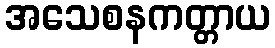
အသေစနကတ္တာယ